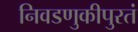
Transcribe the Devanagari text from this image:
निवडणुकीपुरतं